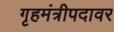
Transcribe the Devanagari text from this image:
गृहमंत्रीपदावर